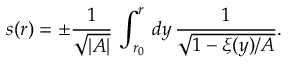
s ( r ) = \pm \frac { 1 } { \sqrt { \vert A \vert } } \, \int _ { r _ { 0 } } ^ { r } \, d y \, \frac { 1 } { \sqrt { 1 - \xi ( y ) / A } } .